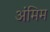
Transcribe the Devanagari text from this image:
अंमिम